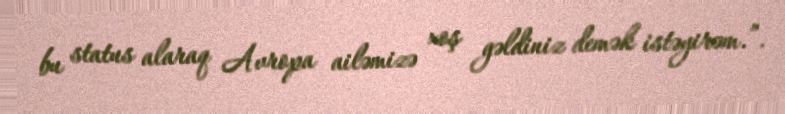
bu status alaraq Avropa ailəmizə xoş gəldiniz demək istəyirəm.”.